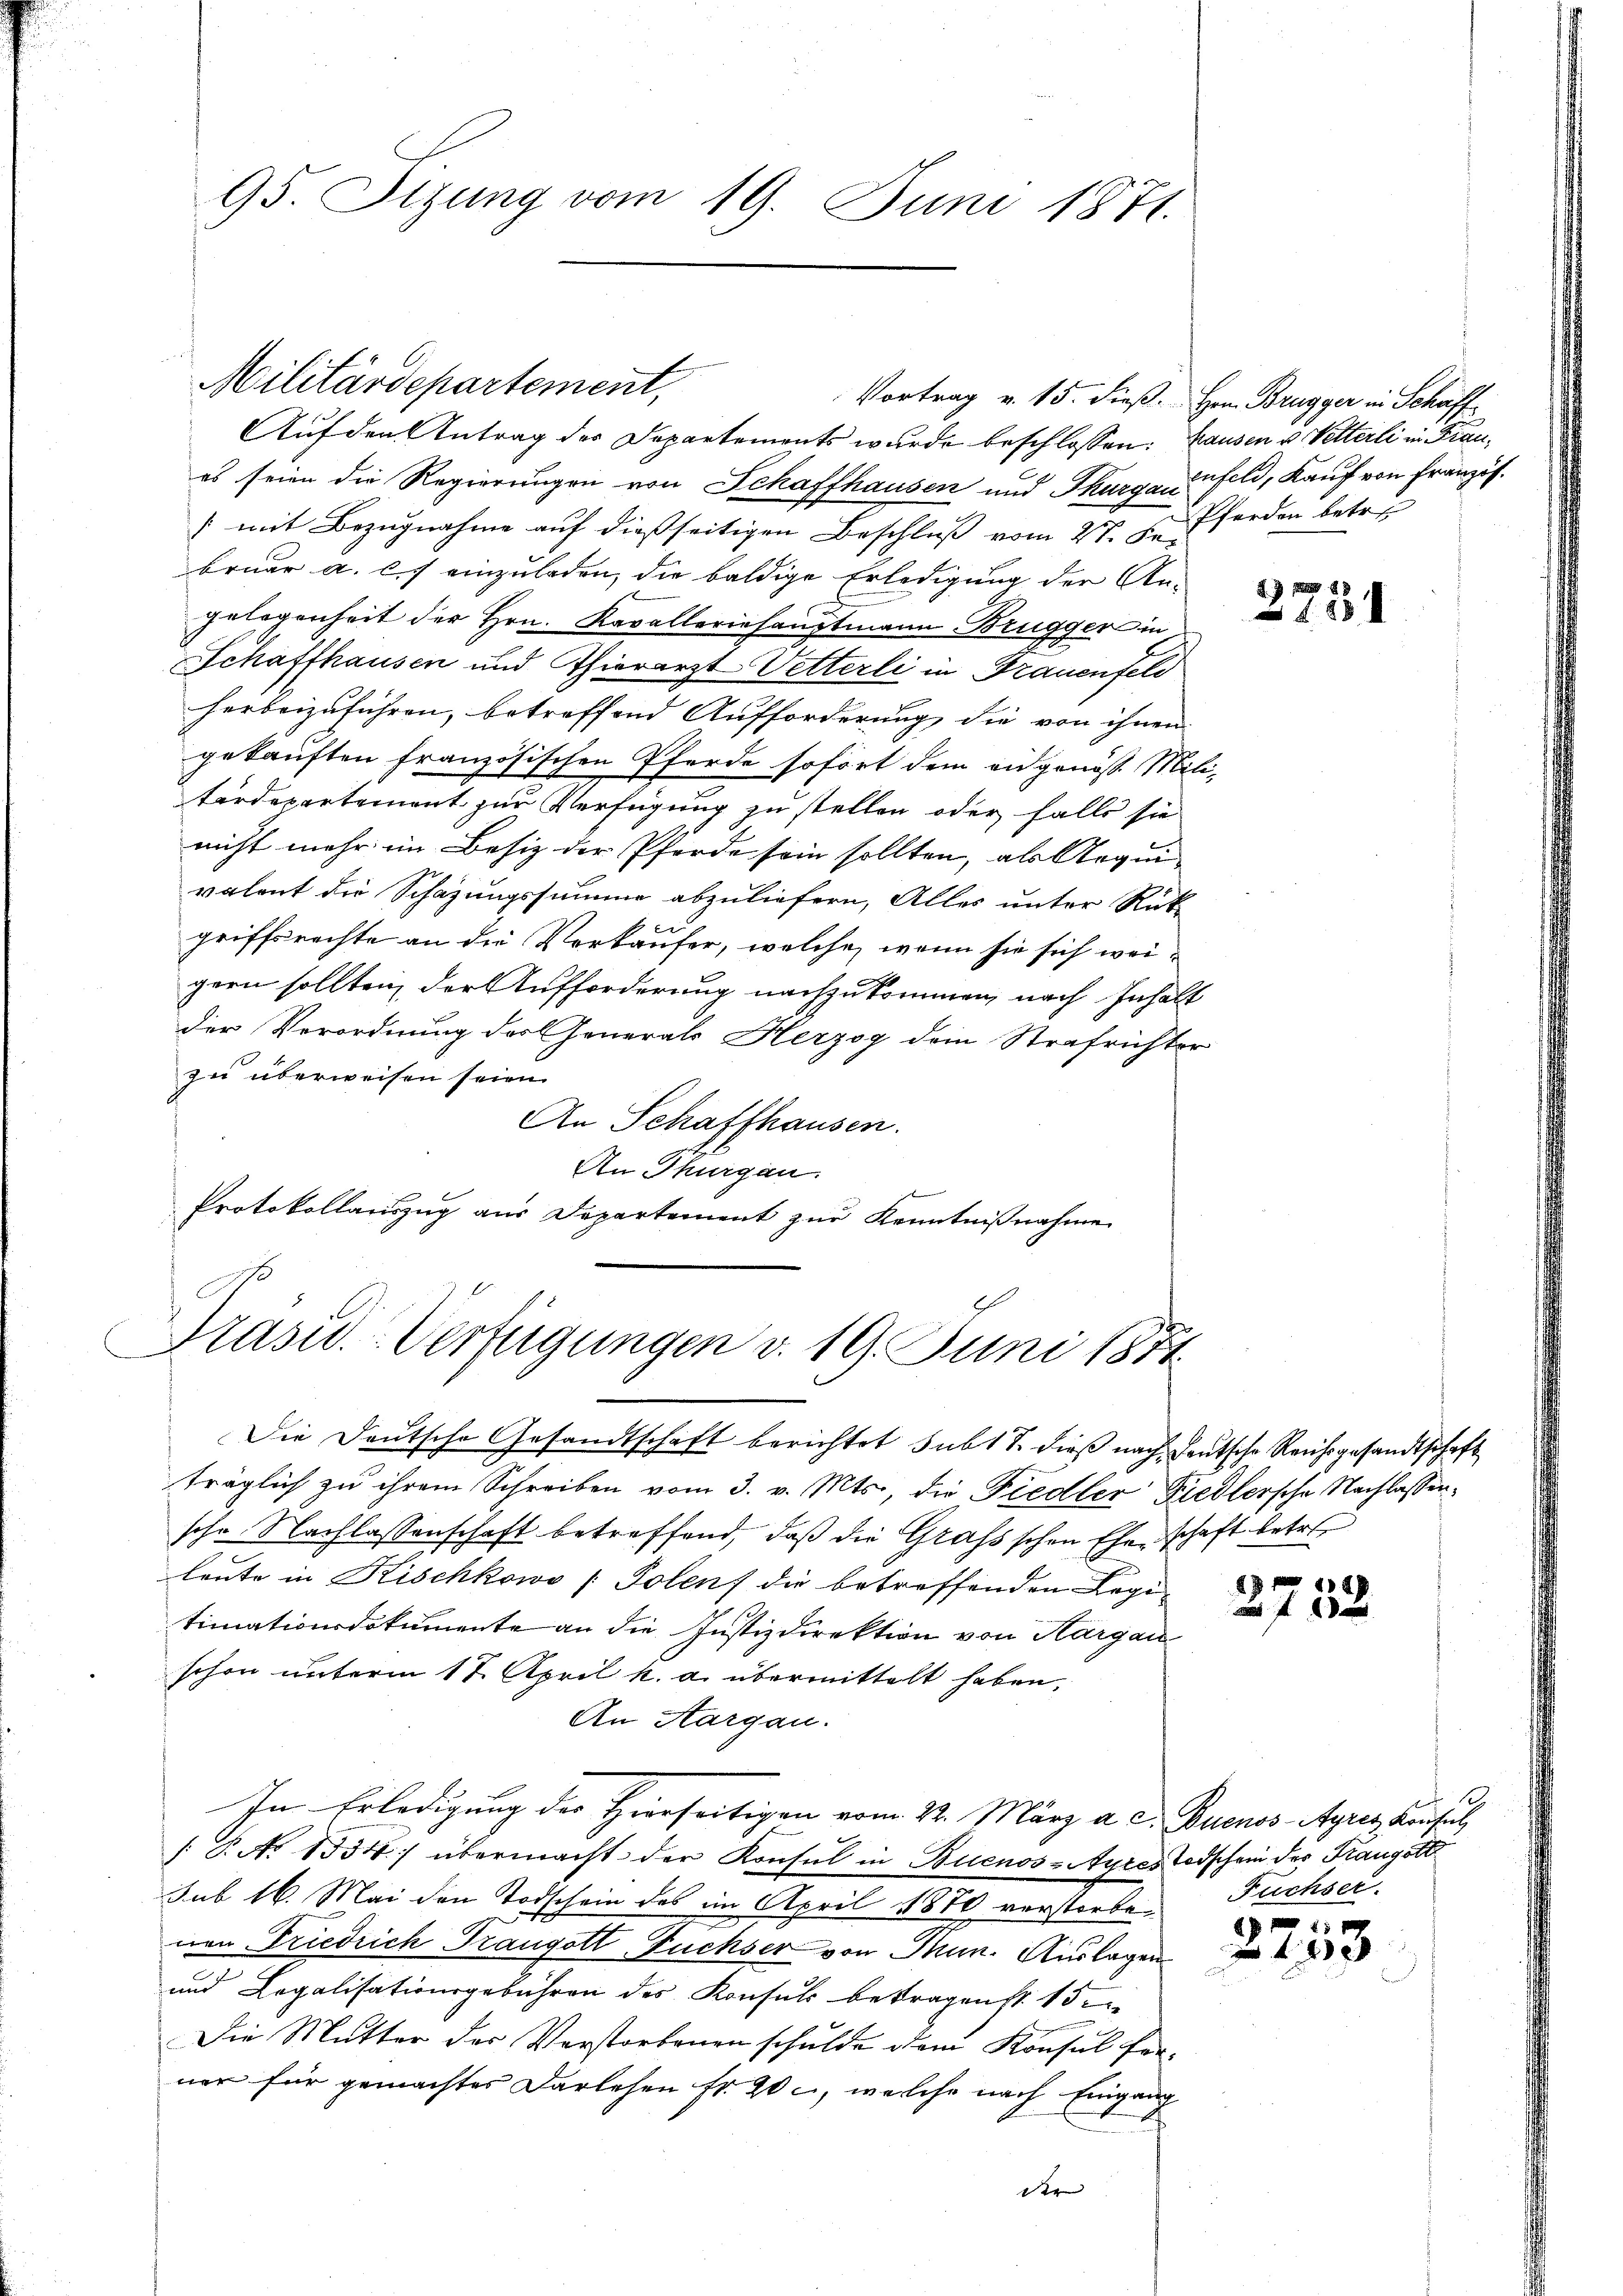
95. Sizung vom 19. Juni 1871.

Militärdepartement,

Auf den Antrag des Departements wurde beschlossen: Hausen u. Vetterli in Fraues seien die Regierungen von Schaffhausen und Thurgauenfeld, Kauf von Französ.
[mit Bezugnahme auf dießseitigen Beschluß vom 27. zu Pferden betr.
bruar a. c. 7 einzuladen, die baldige Erledigung der An-
gelegenheit der Hrn. Kavalleriehauptmann Brügger in
Schaffhausen und Thierarzt Vetterli in Frauenfeld
herbeizuführen, betreffend Aufforderung, die von ihnen
gekauften französischen Pferde sofort dem eidgenöss. Mili-
tärdepartement zur Verfügung zu stellen oder falls sie
nicht mehr im Besiz der Pferde sein sollten, als Aequivalent die Schazungssumme abzuliefern, Alles unter Rück-
griffsrechte an die Verkäufer, welche, wenn sie sich weigern sollten der Aufforderung nachzukommen, nach Inhalt
der Verordnung des Generals Herzog dem Strafrichter
zu überweisen seien.
An Schaffhausen.
An Thurgau.
sich einer
Protokollauszug aus Departement zur Kenntnißnahme

Grasw.-Verfügungen v. 19. Juni 1874.

Vortrag v. 15. dieß. Hrn. Brugger in Schaff

Die Deutsche Gesandtschaft berichtet subt T. dieß nach heutsche Reichsgesandtschaft
träglich zu ihrem Schreiben vom 3. v. Mts., die Fiedler Friedlersche Nachlassensche Nachlassenschaft betreffend, daß die Grafsschen Ehe schaft betr.
leute in Kischkowo (Polen die betreffenden Legi-
timationsdokumente an die Justizdirektion von Hargau
schon unterm 17. April k. a. übermittelt haben,
An Aargau.
In Erledigung der Herrseitigen vom 22. März a. c. Buenos Ayres Konsul
[T. No 1534) übermacht der Konsul in Buenos-Ayres Todschein der Frangott
sub 16. Mai den Todschein des im April 1870 verstorbenen Friedrich Trangott Füchser von Mun. Auslagen
und Legalisationsgebühren des Konsuls betragenst. 15.
Die Mutter des Verstorbenen schulde dem Konsul ferner für gemachtes Darlehen fr. 20 c, welche nach Eingang
der |

d. 7
42

149
 f

1
Füchser.

1 x
2 x